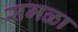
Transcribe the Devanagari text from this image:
समळा